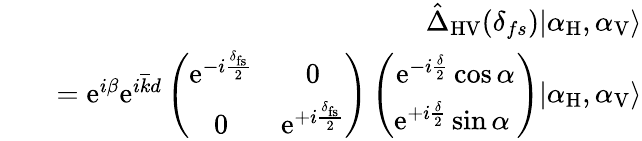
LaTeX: \begin{array}{rlr}&{}&{\hat{\Delta}_{\mathrm{HV}}(\delta_{fs})|\alpha_{\mathrm{H}},\alpha_{\mathrm{V}}\rangle}\\ &{}&{=\mathrm{e}^{i\beta}\mathrm{e}^{i\overline{{k}}d}\left(\begin{array}{cc}{\mathrm{e}^{-i\frac{\delta_{\mathrm{fs}}}{2}}}&{0}\\ {0}&{\mathrm{e}^{+i\frac{\delta_{\mathrm{fs}}}{2}}}\end{array}\right)\left(\begin{array}{c}{\mathrm{e}^{-i\frac{\delta}{2}}\cos\alpha}\\ {\mathrm{e}^{+i\frac{\delta}{2}}\sin\alpha\ }\end{array}\right)|\alpha_{\mathrm{H}},\alpha_{\mathrm{V}}\rangle}\end{array}